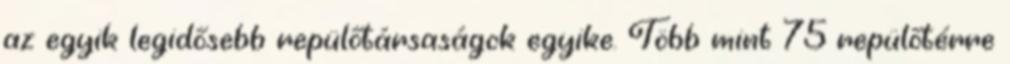
az egyik legidősebb repülőtársaságok egyike. Több mint 75 repülőtérre